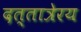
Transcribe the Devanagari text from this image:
दत्तात्रेरय